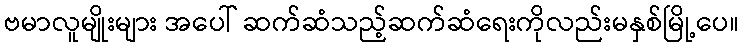
ဗမာလူမျိုးများ အပေါ် ဆက်ဆံသည့်ဆက်ဆံရေးကိုလည်းမနှစ်မြို့ပေ။